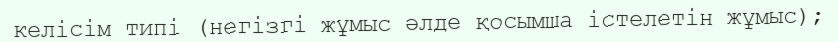
келісім типі (негізгі жұмыс әлде қосымша істелетін жұмыс);